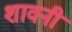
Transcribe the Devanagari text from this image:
शावनी